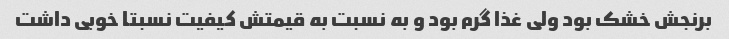
برنجش خشک بود ولی غذا گرم بود و به نسبت به قیمتش کیفیت نسبتا خوبی داشت